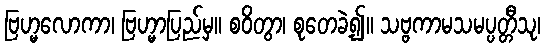
ဗြဟ္မလောကာ၊ ဗြဟ္မာပြည်မှ။ စဝိတွာ၊ စုတေခဲ့၍။ သဗ္ဗကာမသမပ္ပတ္တီသု၊